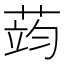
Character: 𮶪